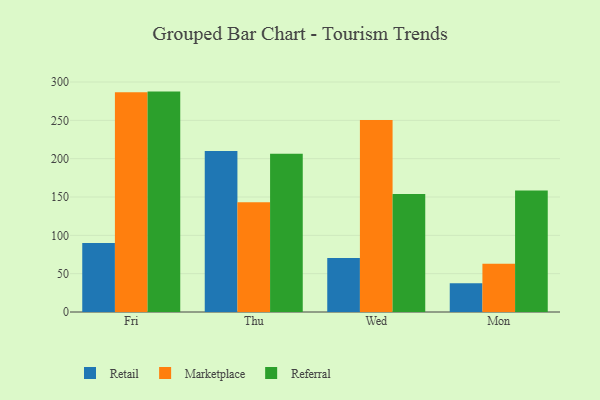
{"axis": {"x": "Day", "y": "Shipments"}, "legend": ["Marketplace", "Referral", "Retail"], "data": [{"x": "Fri", "y": 90.1, "type": "Retail"}, {"x": "Fri", "y": 286.7, "type": "Marketplace"}, {"x": "Fri", "y": 287.5, "type": "Referral"}, {"x": "Thu", "y": 210.1, "type": "Retail"}, {"x": "Thu", "y": 143.1, "type": "Marketplace"}, {"x": "Thu", "y": 206.4, "type": "Referral"}, {"x": "Wed", "y": 70.4, "type": "Retail"}, {"x": "Wed", "y": 250.4, "type": "Marketplace"}, {"x": "Wed", "y": 153.8, "type": "Referral"}, {"x": "Mon", "y": 37.4, "type": "Retail"}, {"x": "Mon", "y": 62.9, "type": "Marketplace"}, {"x": "Mon", "y": 158.6, "type": "Referral"}]}